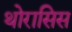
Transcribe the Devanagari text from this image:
थोरासिस